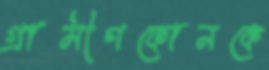
গ্রামীণফোনকে